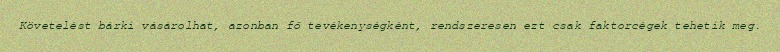
Követelést bárki vásárolhat, azonban fő tevékenységként, rendszeresen ezt csak faktorcégek tehetik meg.